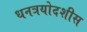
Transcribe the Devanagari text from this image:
धनत्रयोदशीस